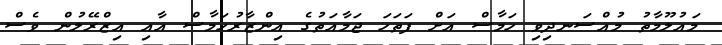
މައުލޫމާތު މުއްސަނދިވި ހަމާސް އަށް ފަތަހަ ޖަމާއަތުގެ އިންޒާރުހަމާސް އާއި އިޒްރޭލުން ވެސް